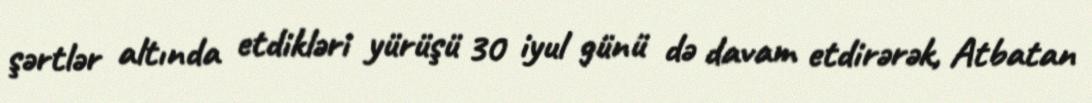
şərtlər altında etdikləri yürüşü 30 iyul günü də davam etdirərək, Atbatan